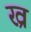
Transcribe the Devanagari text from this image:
ख्र